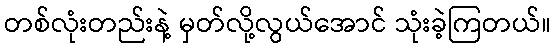
တစ်လုံးတည်းနဲ့ မှတ်လို့လွယ်အောင် သုံးခဲ့ကြတယ်။